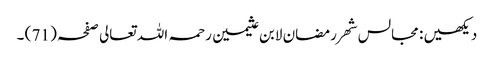
دیکھیں : مجالس شھر رمضان لابن عثیمین رحمہ اللہ تعالی صفحہ ( 71 ) ۔